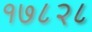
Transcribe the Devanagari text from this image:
१७८२८